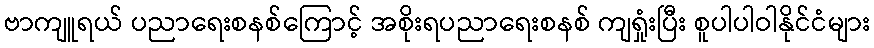
ဗာကျူရယ် ပညာရေးစနစ်ကြောင့် အစိုးရပညာရေးစနစ် ကျရှုံးပြီး စူပါပါဝါနိုင်ငံများ